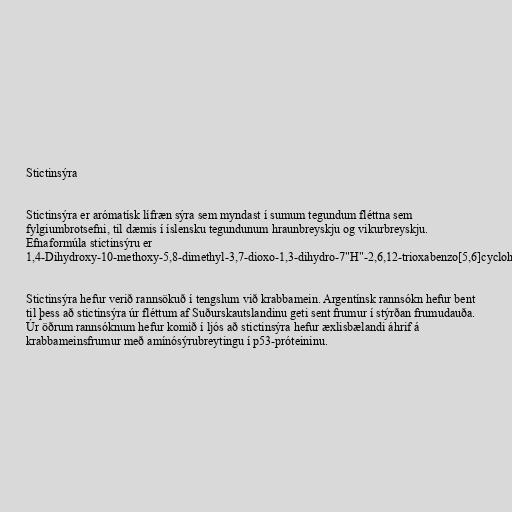
Stictinsýra

Stictinsýra er arómatísk lífræn sýra sem myndast í sumum tegundum fléttna sem
fylgiumbrotsefni, til dæmis í íslensku tegundunum hraunbreyskju og vikurbreyskju.
Efnaformúla stictinsýru er
1,4-Dihydroxy-10-methoxy-5,8-dimethyl-3,7-dioxo-1,3-dihydro-7"H"-2,6,12-trioxabenzo[5,6]cyclohepta[1,2-"e"]indene-11-carbaldehýð.

Stictinsýra hefur verið rannsökuð í tengslum við krabbamein. Argentínsk rannsókn hefur bent
til þess að stictinsýra úr fléttum af Suðurskautslandinu geti sent frumur í stýrðan frumudauða.
Úr öðrum rannsóknum hefur komið í ljós að stictinsýra hefur æxlisbælandi áhrif á
krabbameinsfrumur með amínósýrubreytingu í p53-próteininu.